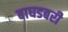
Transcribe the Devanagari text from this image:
बाघडबरी